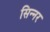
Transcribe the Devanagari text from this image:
सिन्‍नर